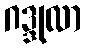
ဂဒ္ဒုလာ